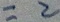
= 2